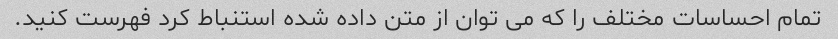
تمام احساسات مختلف را که می توان از متن داده شده استنباط کرد فهرست کنید.